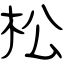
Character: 松